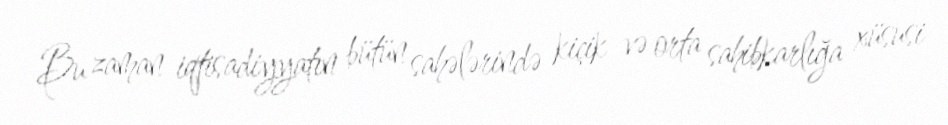
Bu zaman iqtisadiyyatın bütün sahələrində kiçik və orta sahibkarlığa xüsusi